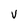
Character: V